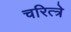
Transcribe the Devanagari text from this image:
चरित्त्रे